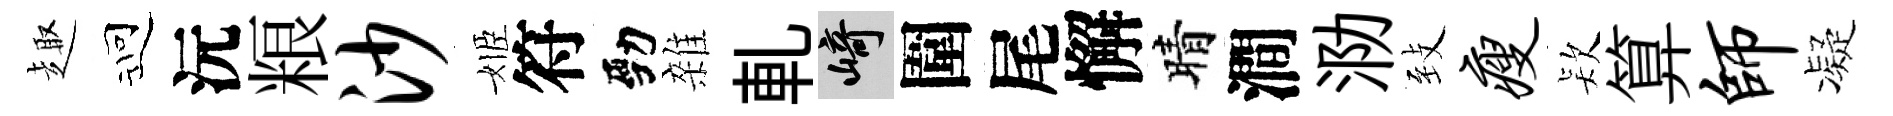
趣迎沅粮沙姬符勁雜軋崎圍尾懈晴澗泐𦤺瘦𣣇算师凝